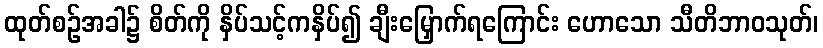
ထုတ်စဉ်အခါ၌ စိတ်ကို နှိပ်သင့်ကနှိပ်၍ ချီးမြှောက်ရကြောင်း ဟောသော သီတိဘာဝသုတ်၊